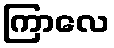
ကြာလေ